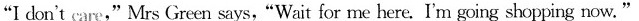
"Idon't care,"Mrs Green says,"Wait for me here. I'm going shopping now."